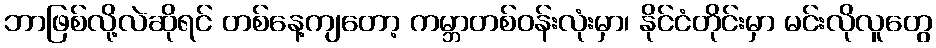
ဘာဖြစ်လို့လဲဆိုရင် တစ်နေ့ကျတော့ ကမ္ဘာတစ်ဝန်းလုံးမှာ၊ နိုင်ငံတိုင်းမှာ မင်းလိုလူတွေ